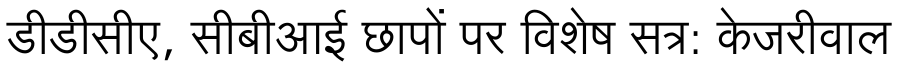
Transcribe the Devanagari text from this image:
डीडीसीए, सीबीआई छापों पर विशेष सत्र: केजरीवाल